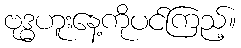
ဗုဒ္ဓဟူးနေ့ကိုပင်ကြည့်။